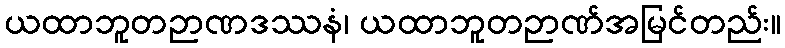
ယထာဘူတဉာဏဒဿနံ၊ ယထာဘူတဉာဏ်အမြင်တည်း။